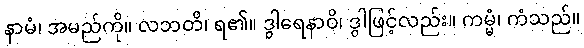
နာမံ၊ အမည်ကို။ လဘတိ၊ ရ၏။ ဒွါရေနာဝိ၊ ဒွါဖြင့်လည်း။ ကမ္မံ၊ ကံသည်။